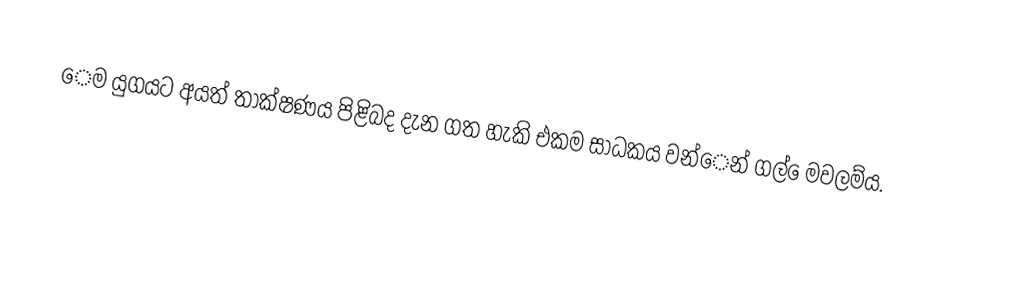
ෙම යුගයට අයත් තාක්ෂණය පිළිබද දැන ගත හැකි එකම සාධකය වන්ෙන් ගල් ෙමවලම්ය.